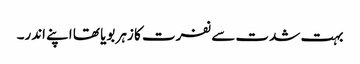
بہت شدت سے نفرت کا زہر بویا تھا اپنے اندر۔